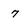
Character: 7